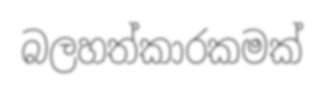
බලහත්කාරකමක්